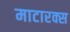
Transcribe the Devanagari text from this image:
माटारक्स